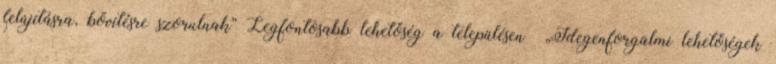
felújításra, bővítésre szorulnak” Legfontosabb lehetőség a településen ▪„Idegenforgalmi lehetőségek